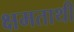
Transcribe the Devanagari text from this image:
क्षमताथी